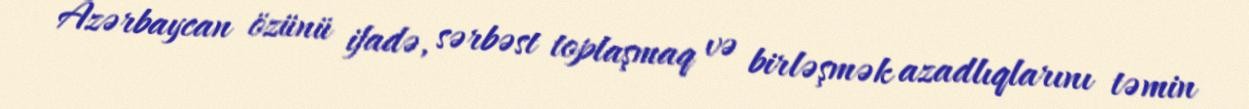
Azərbaycan özünü ifadə, sərbəst toplaşmaq və birləşmək azadlıqlarını təmin